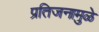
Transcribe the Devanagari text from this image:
प्रतिजनामुळे